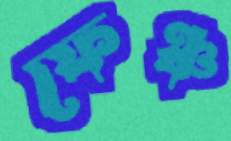
ফেঞ্চ